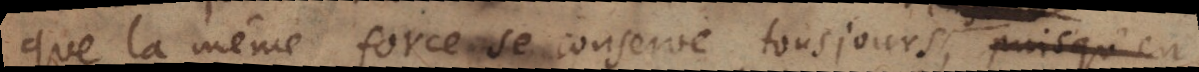
que la même force se conserve tousjours dans